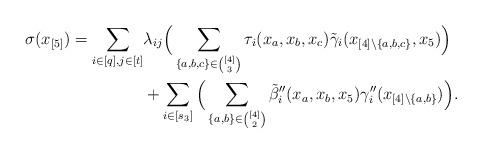
LaTeX: \begin{align*}\sigma(x_{[5]}) = \sum_{i \in [q], j \in [t]}& \lambda_{ij}\Big(\sum_{\{a,b,c\} \in \binom{[4]}{3}}\tau_{i}(x_a, x_b, x_c) \tilde{\gamma}_i(x_{[4] \setminus \{a,b,c\}}, x_5)\Big)\\&+\sum_{i \in [s_3]} \Big(\sum_{\{a, b\} \in \binom{[4]}{2}} \tilde{\beta}''_{i}(x_a, x_b, x_5) \gamma''_i(x_{[4] \setminus \{a,b\}})\Big).\end{align*}